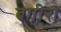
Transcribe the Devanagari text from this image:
बगीरा